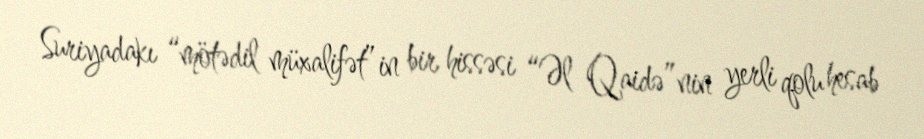
Suriyadakı “mötədil müxalifət”in bir hissəsi “Əl Qaidə”nin yerli qolu hesab